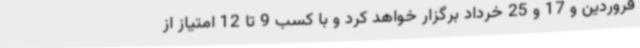
فروردین و 17 و 25 خرداد برگزار خواهد کرد و با کسب 9 تا 12 امتیاز از